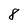
Character: 8